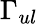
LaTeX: \Gamma_{ul}